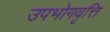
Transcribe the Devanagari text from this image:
उपभोगवृत्ति